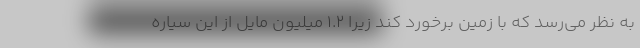
به نظر می‌رسد که با زمین برخورد کند زیرا ۱.۲ میلیون مایل از این سیاره